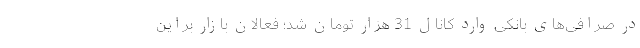
در صرافی‌های بانکی وارد کانال 31 هزار تومان شد؛ فعالان بازار براین